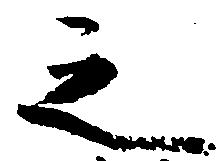
之